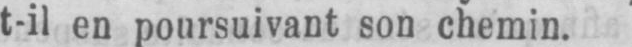
t-il en poursuivant son chemin.